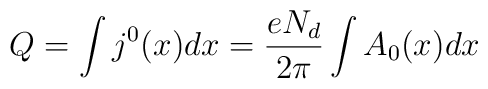
Q = \int j^0(x) dx = \frac{e N_d}{2\pi} \int A_0(x) dx